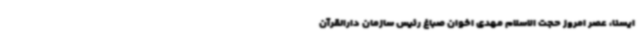
ایسنا، عصر امروز حجت الاسلام مهدی اخوان صباغ رئیس سازمان دارالقرآن